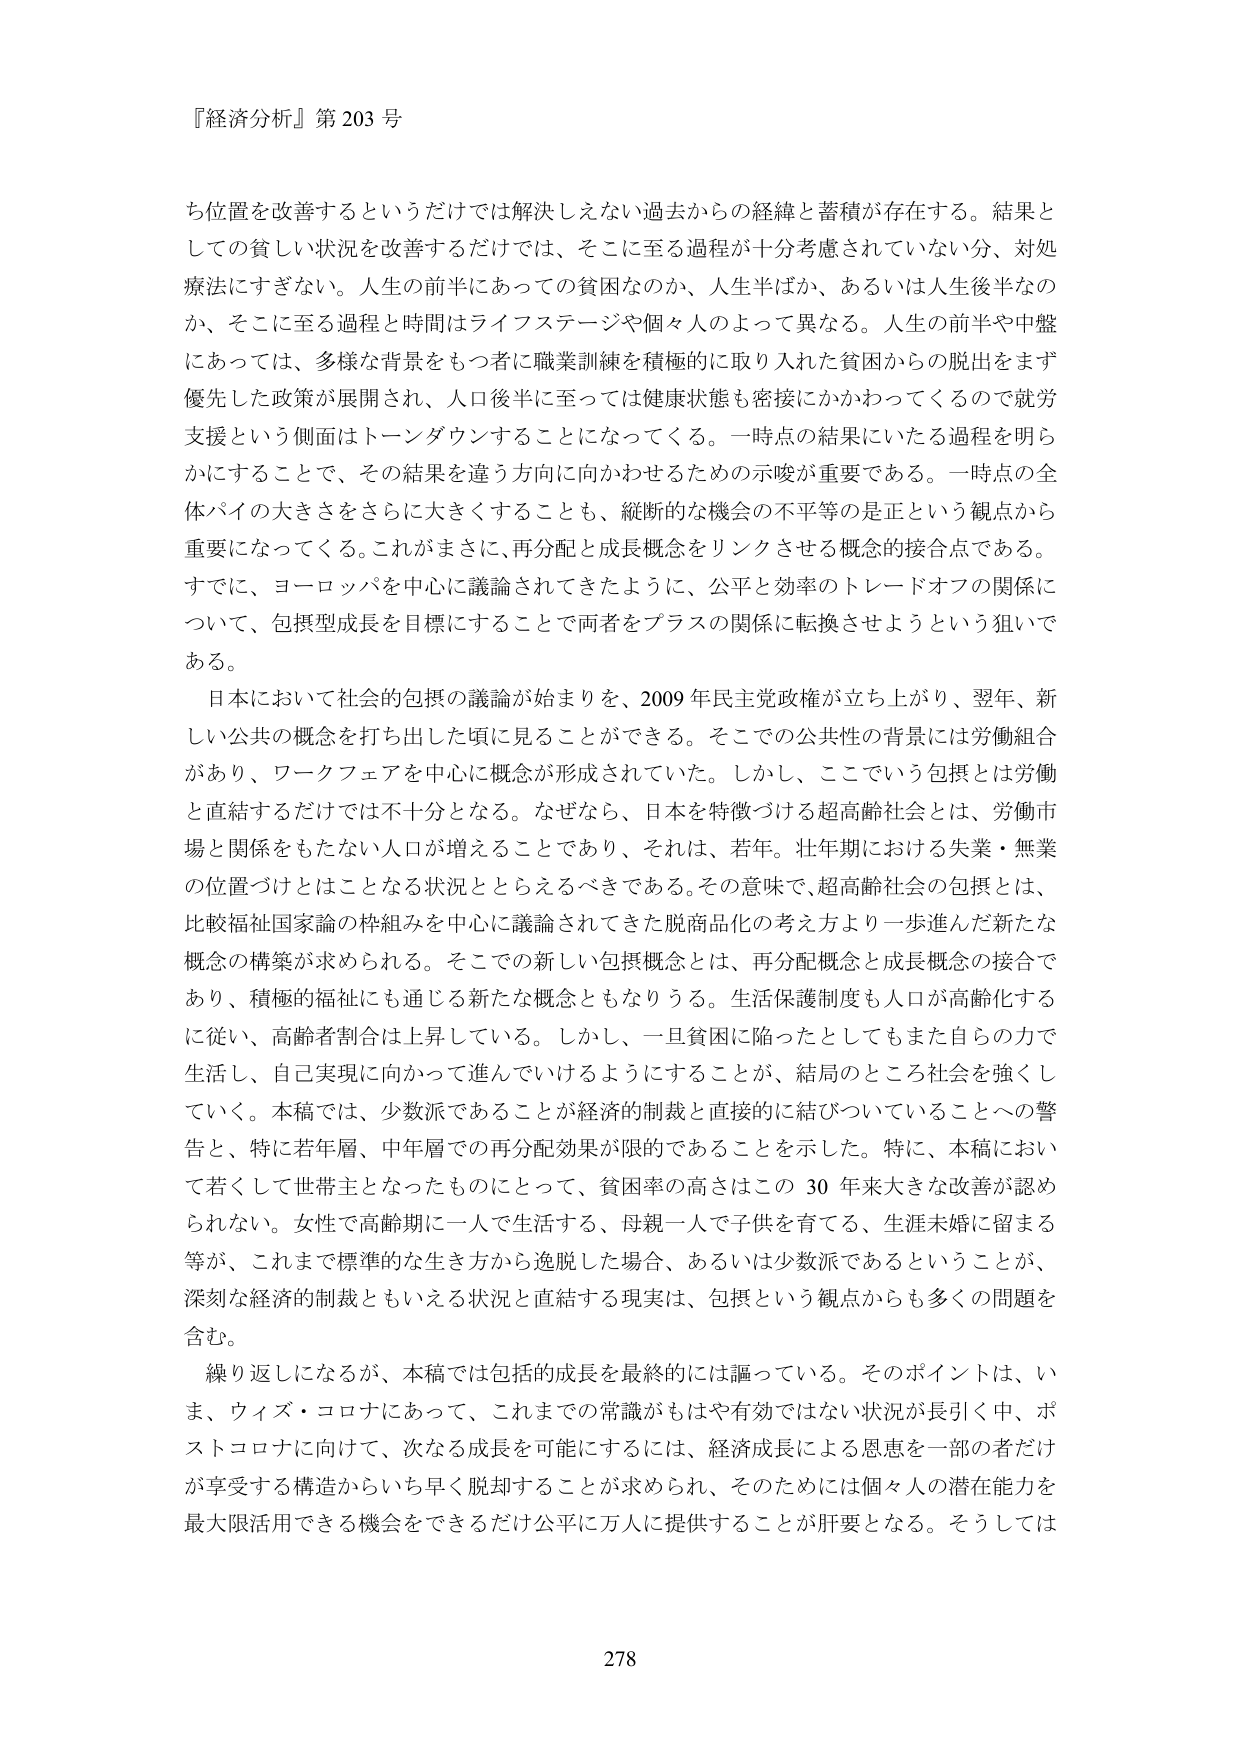
『経済分析』第203号

ち位置を改善するというだけでは解決しえない過去からの経緯と蓄積が存在する。結果としての貧しい状況を改善するだけでは、そこに至る過程が十分考慮されていない分、対処療法にすぎない。人生の前半にあっての貧困なのか、人生半ばか、あるいは人生後半なのか、そこに至る過程と時間はライフステージや個人人のよって異なる。人生の前半や中盤にあっては、多様な背景をもつ者に職業訓練を積極的に取り入れた貧困からの脱出をまず優先した政策が展開され、人口後半に至っては健康状態も密接にかかわってくるので就労支援という側面はトーンダウンすることになってくる。一時点の結果にいたる過程を明らかにすることで、その結果を違う方向に向かわせるための示唆が重要である。一時点の全体パイの大きさをさらに大きくすることも、縦断的な機会の不平等の是正という観点から重要になってくる。これがまさに、再分配と成長概念をリンクさせる概念の接合点である。すでに、ヨーロッパを中心に議論されてきたように、公平と効率のトレードオフの関係について、包摂型成長を目標にすることで両者をプラスの関係に転換させようという狙いである。

日本において社会的包摂の議論が始まりを、2009年民主党政権が立ち上がり、翌年、新しい公共の概念を打ち出した頃に見ることができる。そこでの公共性の背景には労働組合があり、ワークフェアを中心に概念が形成されていた。しかし、ここでいう包摂とは労働と直結するだけでは不十分となる。なぜなら、日本を特徴づける超高齢社会とは、労働市場と関係をもたない人口が増えることであり、それは、若年・壮年期における失業・無業の位置づけとはことなる状況ととらえるべきである。その意味で、超高齢社会の包摂とは、比較福祉国家論の枠組みを中心に議論されてきた脱商品化の考え方より一歩進んだ新たな概念の構築が求められる。そこでの新しい包摂概念とは、再分配概念と成長概念の接合であり、積極的福祉にも通じる新たな概念ともなりうる。生活保護制度も人口が高齢化するに従い、高齢者割合は上昇している。しかし、一旦貧困に陥ったとしてもまた自らの力で生活し、自己実現に向かって進んでいけるようにすることが、結局のところ社会を強くしていく。本稿では、少数派であることが経済的制裁と直接的に結びついていることへの警告と、特に若年層、中年層での再分配効果が限的であることを示した。特に、本稿において若くして世帯主となったものにとって、貧困率の高さはこの30年来大きな改善が認められない。女性で高齢期に一人で生活する、母親一人で子供を育てる、生涯未婚に留まる等が、これまで標準的な生き方から逸脱した場合、あるいは少数派であるということが、深刻な経済的制裁ともいえる状況と直結する現実は、包摂という観点からも多くの問題を含む。

繰り返しになるが、本稿では包括的成長を最終的には謳っている。そのポイントは、いま、ウィズ・コロナにあって、これまでの常識がもはや有効ではない状況が長引く中、ポストコロナに向けて、次なる成長を可能にするには、経済成長による恩恵を一部の者だけが享受する構造からいち早く脱却することが求められ、そのためには個人々の潜在能力を最大限活用できる機会をできるだけ公平に万人に提供することが肝要となる。そうしては

278